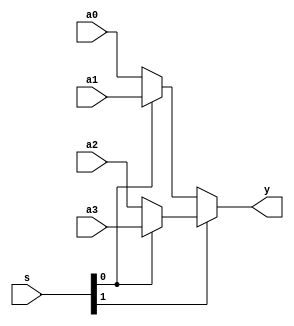
module mux4x32 (a0,a1,a2,a3,s,y);
    input  [31:0] a0, a1, a2, a3;
    input   [1:0] s;
    output [31:0] y;
    assign y  = s[1] ? (s[0] ? a3 : a2) : (s[0] ? a1 : a0);
    //     s[1:0]:              11   10            01   00
    //                        jala   jalra        bra   p4
endmodule